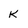
Character: k